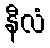
နီလံ